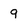
Character: 9